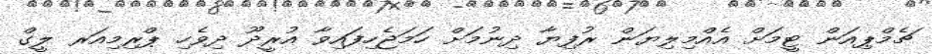
ޗެމްޕިއަން ޓީމަށް އެއްމިލިޔަން ރުފިޔާ ދިނުމަށް ހަމަޖެހިފައިވާ އުރީދޫ ދިވެހި ޕްރިމިއަރ ލީގް